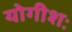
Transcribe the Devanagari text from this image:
योगीशः